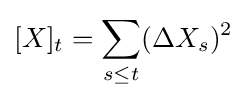
[X]_{t}=\sum _{s\leq t}(\Delta X_{s})^{2}